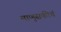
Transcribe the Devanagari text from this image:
माणुसकीचं